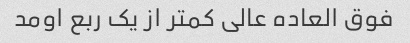
فوق العاده عالی کمتر از یک ربع اومد